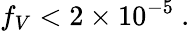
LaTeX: f_{V}<2\times 10^{-5}\ .